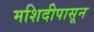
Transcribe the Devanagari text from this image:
मशिदीपासून